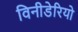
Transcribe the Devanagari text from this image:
विनीडेरियो